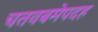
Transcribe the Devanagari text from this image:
चतवबमेपदह